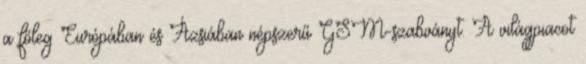
a főleg Európában és Ázsiában népszerű GSM-szabványt. A világpiacot